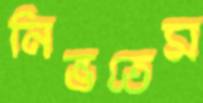
নিভতেম